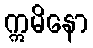
ဣမိနော